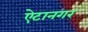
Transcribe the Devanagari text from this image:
ऐटानगर